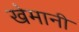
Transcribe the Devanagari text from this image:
खेमानी